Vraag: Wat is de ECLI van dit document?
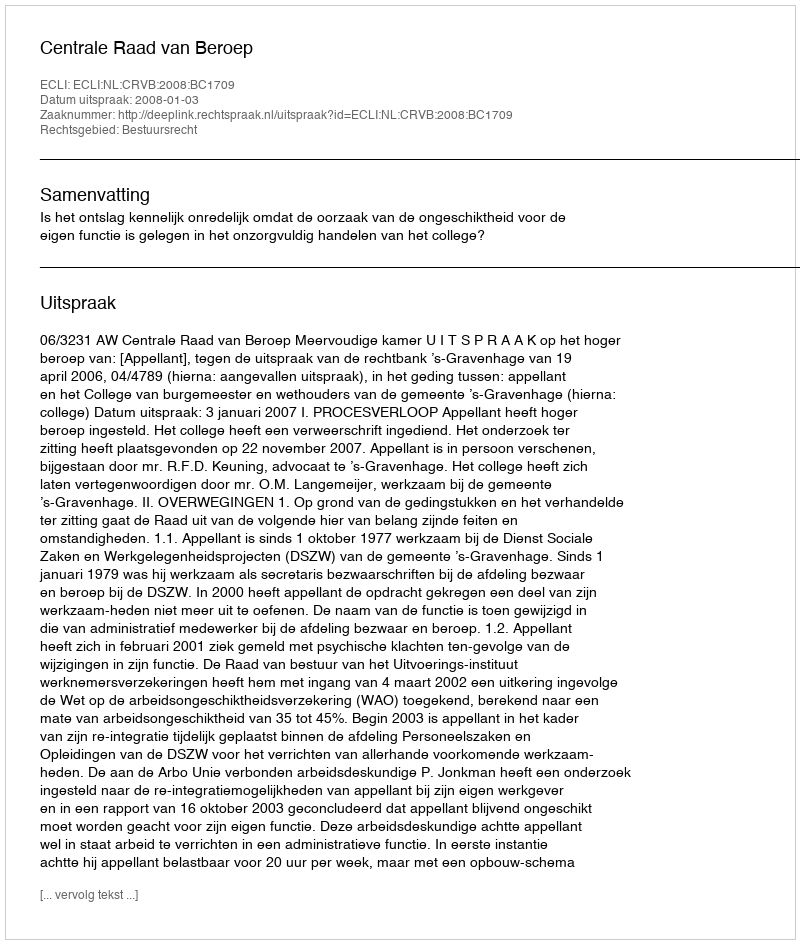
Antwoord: ECLI:NL:CRVB:2008:BC1709